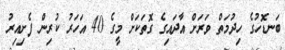
ބަނޑޮހުގެ ހިދުމަތް ވަރަށް އާދައިގެ ގޮތަކަށް މީގެ 40 އަހަރު ކުރިން ފެށިއިރު